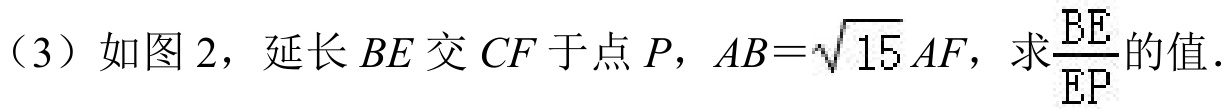
（3）如图 2，延长$BE$交$CF$于点$P$，$AB = \sqrt{15}AF$，求$\frac{BE}{EP}$的值.